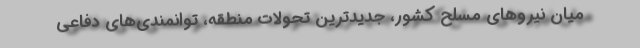
میان نیروهای مسلح کشور، جدیدترین تحولات منطقه، توانمندی‌های دفاعی